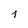
Character: j